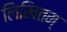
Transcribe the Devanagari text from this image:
लिखितम्